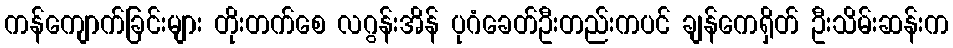
ကန်ကျောက်ခြင်းများ တိုးတက်စေ လဂွန်းအိန် ပုဂံခေတ်ဦးတည်းကပင် ချန်ကေရှိတ် ဦးသိမ်းဆန်းက